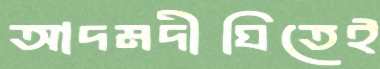
আদমদীঘিতেই